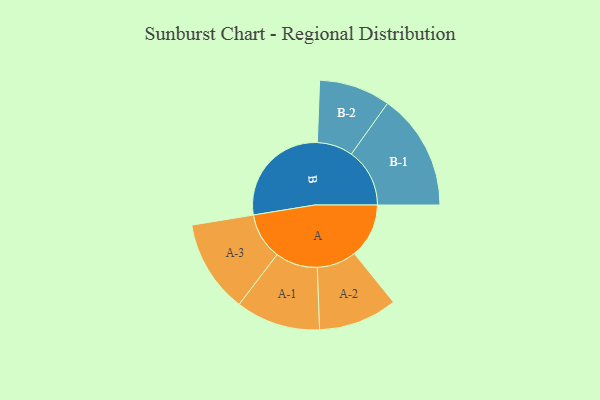
{"axis": {"x": "Segment", "y": "Value"}, "legend": ["", "A", "B"], "data": [{"x": "A", "y": 234, "type": ""}, {"x": "B", "y": 465, "type": ""}, {"x": "A-1", "y": 181, "type": "A"}, {"x": "A-2", "y": 169, "type": "A"}, {"x": "A-3", "y": 199, "type": "A"}, {"x": "B-1", "y": 250, "type": "B"}, {"x": "B-2", "y": 153, "type": "B"}]}